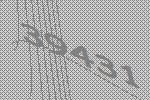
39431